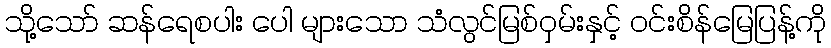
သို့သော် ဆန်ရေစပါး ပေါ များသော သံလွင်မြစ်ဝှမ်းနှင့် ဝင်းစိန်မြေပြန့်ကို